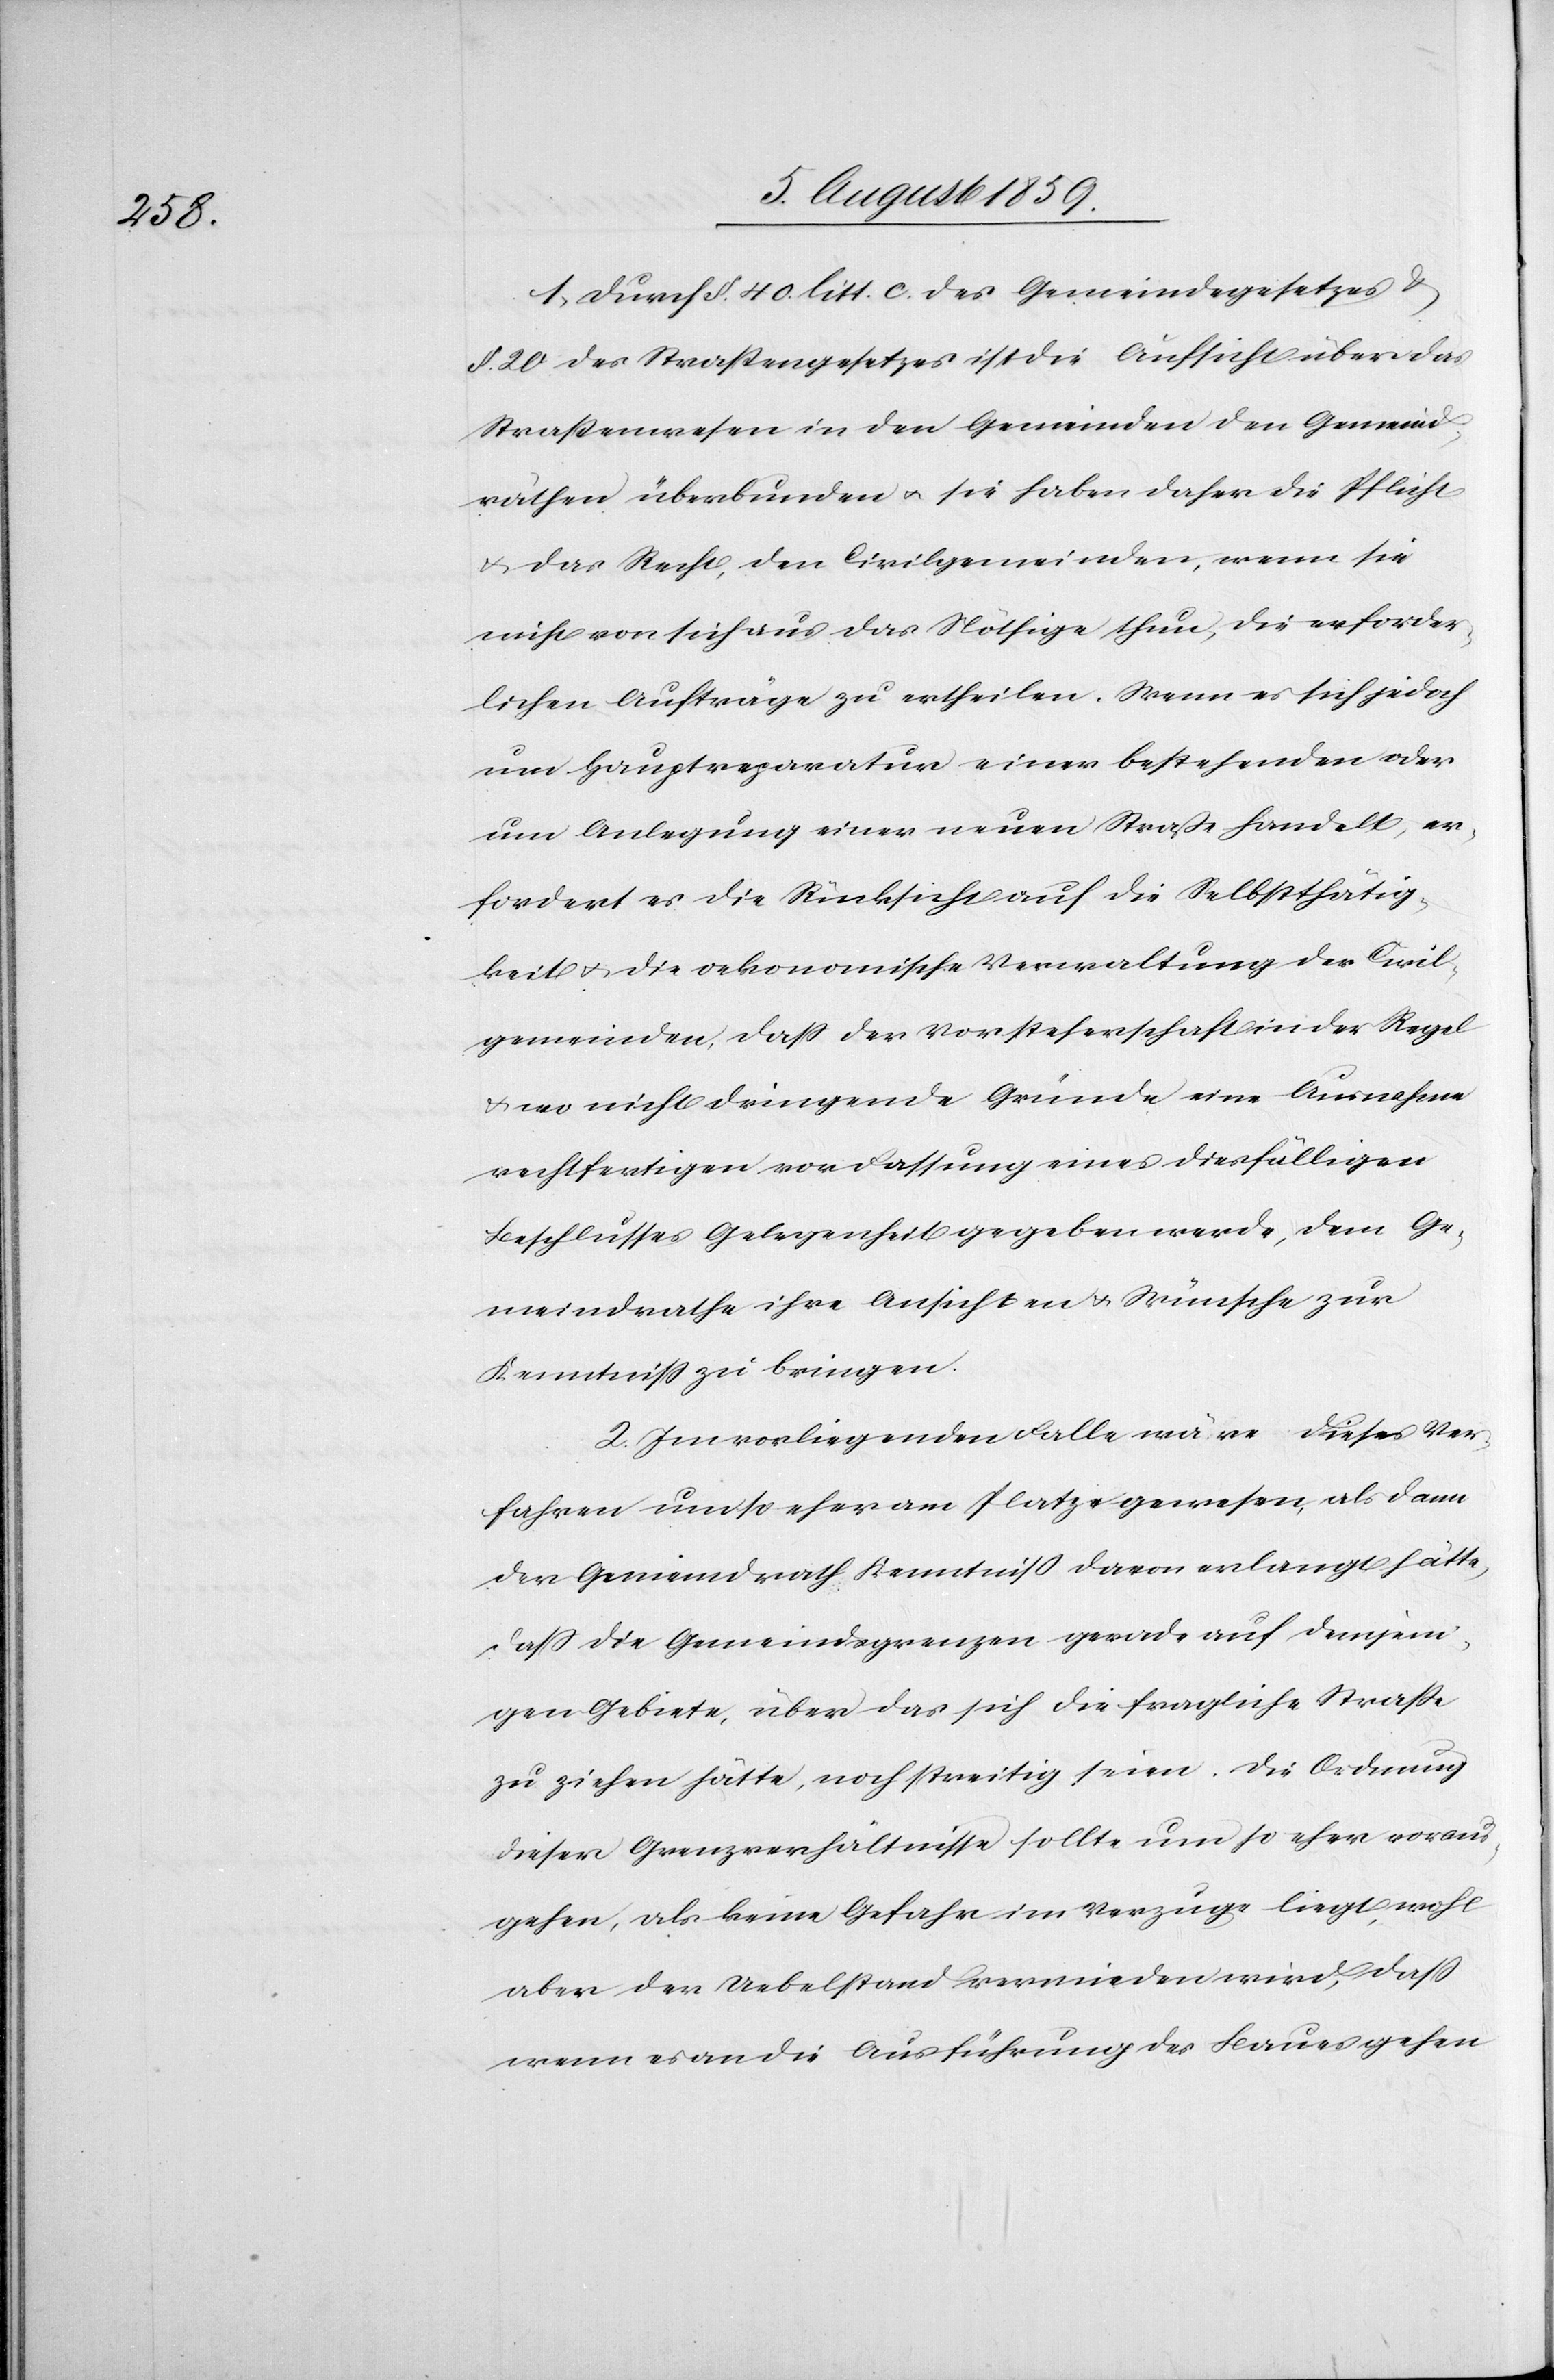
1. Durch § 40. litt. c. des Gemeindegesetzes u.
§ 20 des Straßengesetzes ist die Aufsicht über das
Straßenwesen in den Gemeinden den Gemeind¬
räthen überbunden u. sie haben daher die Pflicht
u. das Recht, den Civilgemeinden, wenn sie
nicht von sich aus das Nöthige thun, die erforder¬
lichen Aufträge zu ertheilen. Wenn es sich jedoch
um Hauptreparatur einer bestehenden oder
um Anlegung einer neuen Straße handelt, er¬
fordert es die Rücksicht auf die Selbstthätig¬
keit u. die oekonomische Verwaltung der Civil¬
gemeinden, daß der Vorsteherschaft in der Regel
u. wo nicht dringende Gründe eine Ausnahme
rechtfertigen vor Fassung eines diesfälligen
Beschlusses Gelegenheit gegeben werde, dem Ge¬
meindrathe ihre Ansichten u. Wünsche zur
Kenntniß zu bringen.
2. Im vorliegenden Falle wäre dieses Ver¬
fahren umso eher am Platze gewesen, als dann
der Gemeindrath Kenntniß davon erlangt hätte,
daß die Gemeindegrenzen gerade auf demjeni¬
gen Gebiete, über das sich die fragliche Straße
zu ziehen hätte, noch streitig seien. Die Ordnung
dieser Grenzverhältnisse sollte um so eher voraus¬
gehen, als keine Gefahr im Verzuge liegt, wohl
aber der Uebelstand vermieden wird, daß
wenn es an die Ausführung des Baues gehen